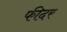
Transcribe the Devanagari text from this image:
फीदर